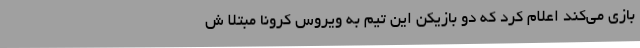
بازی می‌کند اعلام کرد که دو بازیکن این تیم به ویروس کرونا مبتلا ش